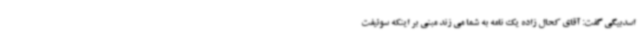
اسدبیگی گفت: آقای کحال زاده یک نامه به شما می زند مبنی بر اینکه سوئیفت